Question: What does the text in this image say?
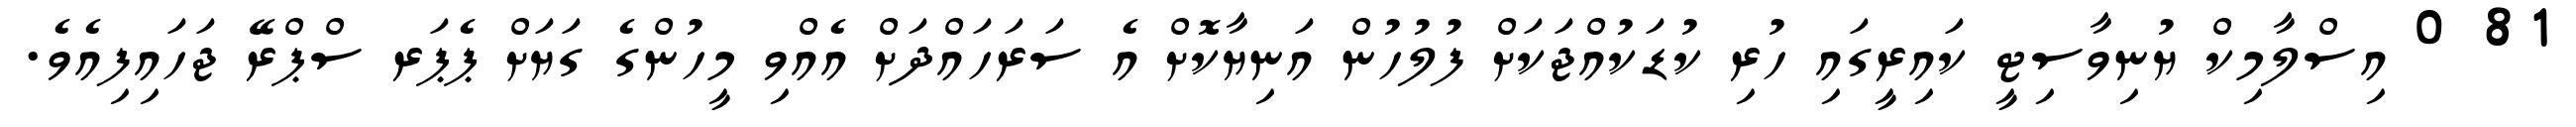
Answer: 81 0 އިސްލާމިކް ޔުނިވާސިޓީ ކައިރީގައި ހުރި ކުޑަކުއްޖަކަށް ފުލުހުން އަނިޔާކޮށް އެ ސަރަހައްދަށް އެއްވި މީހުންގެ ގަޔަށް ޕެޕަރ ސްޕްރޭ ޖަހައިފިއެވެ.